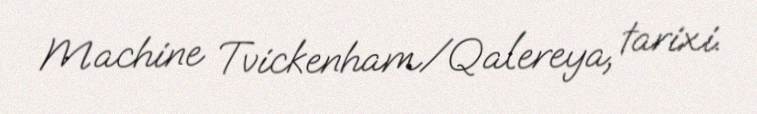
Machine Tvickenham/Qalereya, tarixi.